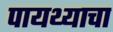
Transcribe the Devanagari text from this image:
पायथ्याचा